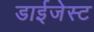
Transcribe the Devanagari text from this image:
डाईजेस्ट